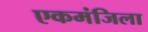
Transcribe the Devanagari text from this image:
एकमंजिला